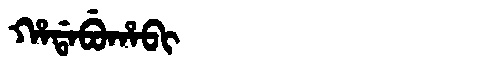
Manchu: ᡥᠠᡩᠠᠪᡠᡥᠠᠪᡳ
Romanization: HADABUHABI